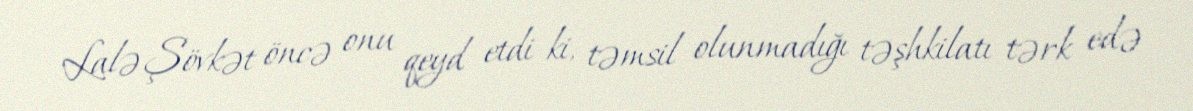
Lalə Şövkət öncə onu qeyd etdi ki, təmsil olunmadığı təşhkilatı tərk edə